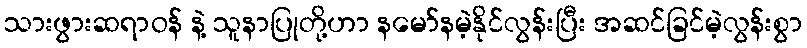
သားဖွားဆရာဝန် နဲ့ သူနာပြုတို့ဟာ နမော်နမဲ့နိုင်လွန်းပြီး အဆင်ခြင်မဲ့လွန်းစွာ